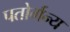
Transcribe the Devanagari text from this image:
पतोर्गन्य